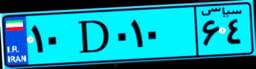
۱۰D۰۱۰۶۴